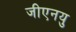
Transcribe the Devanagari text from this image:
जीएनयु